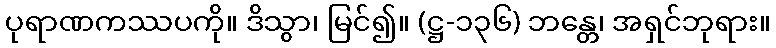
ပုရာဏကဿပကို။ ဒိသွာ၊ မြင်၍။ (ဋ္ဌ-၁၃၆) ဘန္တေ၊ အရှင်ဘုရား။